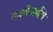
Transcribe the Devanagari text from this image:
लक्ष्मीआईचे